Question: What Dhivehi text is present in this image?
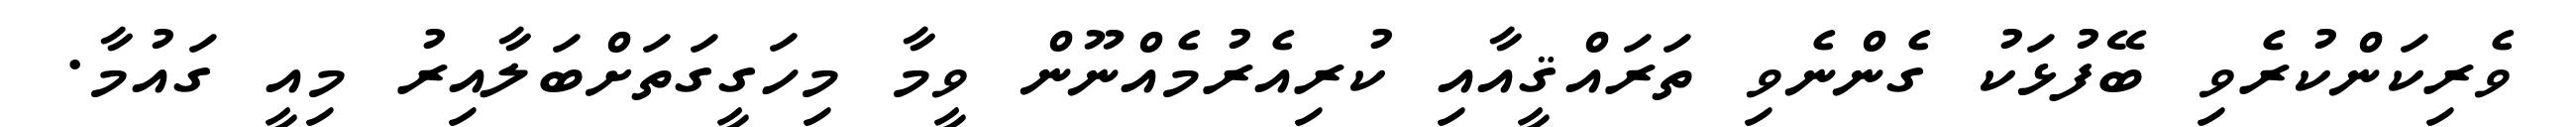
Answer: ވެރިކަންކުރެވި ބޭފުޅަކު ގެންނެވި ތަރައްޤީއާއި ކުރިއެރުމެއްނޫން ވީމާ މިހަގީގަތަށްބަލާއިރު މިއީ ގައުމާ.